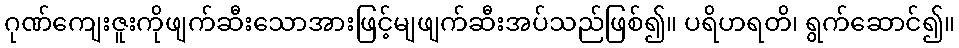
ဂုဏ်ကျေးဇူးကိုဖျက်ဆီးသောအားဖြင့်မျဖျက်ဆီးအပ်သည်ဖြစ်၍။ ပရိဟရတိ၊ ရွက်ဆောင်၍။